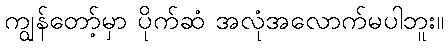
ကျွန်တော့်မှာ ပိုက်ဆံ အလုံအလောက်မပါဘူး။